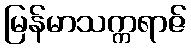
မြန်မာသက္ကရာဇ်